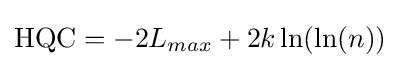
\mathrm {HQC} =-2L_{max}+2k\ln(\ln(n))\